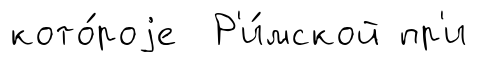
кото́роjе Р'и́мской пр'и